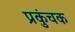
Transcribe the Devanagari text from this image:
प्रकुंचक